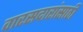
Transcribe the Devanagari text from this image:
वारसदारांसाठी